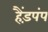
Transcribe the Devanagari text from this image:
हैंड़पंप